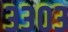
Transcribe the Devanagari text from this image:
३३०३